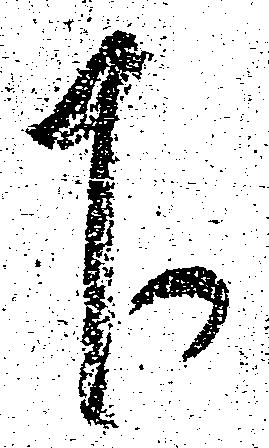
下